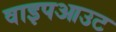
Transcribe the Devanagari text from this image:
वाइपआउट